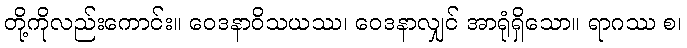
တို့ကိုလည်းကောင်း။ ဝေဒနာဝိသယဿ၊ ဝေဒနာလျှင် အာရုံရှိသော။ ရာဂဿ စ၊